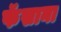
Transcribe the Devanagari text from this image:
फॅसाना